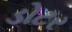
ડોટર